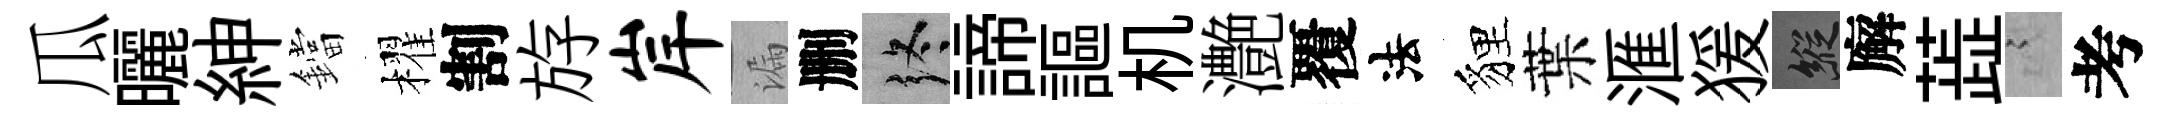
瓜曬紳鐺櫂割斿岸漏删终諦謳机灔覆法貍葉滙猨縱廨蕋謭考